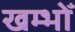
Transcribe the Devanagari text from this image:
खम्भोँ